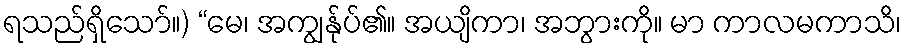
ရသည်ရှိသော်။) “မေ၊ အကျွန်ုပ်၏။ အယျိကာ၊ အဘွားကို။ မာ ကာလမကာသိ၊